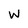
Character: W